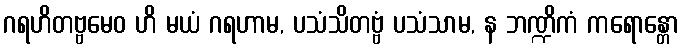
ဂရဟိတဗ္ဗမေဝ ဟိ မယံ ဂရဟာမ, ပသံသိတဗ္ဗံ ပသံသာမ, န ဘဏ္ဍိကံ ကရောန္တော